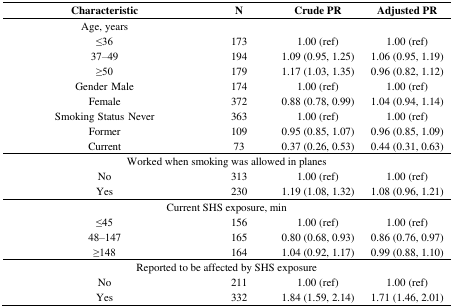
<table><thead><tr><td><b>Characteristic</b></td><td><b>N</b></td><td><b>Crude PR</b></td><td><b>Adjusted PR</b></td></tr></thead><tbody><tr><td>Age, years</td><td></td><td></td><td></td></tr><tr><td>≤36</td><td>173</td><td>1.00 (ref)</td><td>1.00 (ref)</td></tr><tr><td>37–49</td><td>194</td><td>1.09 (0.95, 1.25)</td><td>1.06 (0.95, 1.19)</td></tr><tr><td>≥50</td><td>179</td><td>1.17 (1.03, 1.35)</td><td>0.96 (0.82, 1.12)</td></tr><tr><td>Gender Male</td><td>174</td><td>1.00 (ref)</td><td>1.00 (ref)</td></tr><tr><td>Female</td><td>372</td><td>0.88 (0.78, 0.99)</td><td>1.04 (0.94, 1.14)</td></tr><tr><td>Smoking Status Never</td><td>363</td><td>1.00 (ref)</td><td>1.00 (ref)</td></tr><tr><td>Former</td><td>109</td><td>0.95 (0.85, 1.07)</td><td>0.96 (0.85, 1.09)</td></tr><tr><td>Current</td><td>73</td><td>0.37 (0.26, 0.53)</td><td>0.44 (0.31, 0.63)</td></tr><tr><td colspan="4">Worked when smoking was allowed in planes</td></tr><tr><td>No</td><td>313</td><td>1.00 (ref)</td><td>1.00 (ref)</td></tr><tr><td>Yes</td><td>230</td><td>1.19 (1.08, 1.32)</td><td>1.08 (0.96, 1.21)</td></tr><tr><td colspan="4">Current SHS exposure, min</td></tr><tr><td>≤45</td><td>156</td><td>1.00 (ref)</td><td>1.00 (ref)</td></tr><tr><td>48–147</td><td>165</td><td>0.80 (0.68, 0.93)</td><td>0.86 (0.76, 0.97)</td></tr><tr><td>≥148</td><td>164</td><td>1.04 (0.92, 1.17)</td><td>0.99 (0.88, 1.10)</td></tr><tr><td colspan="4">Reported to be affected by SHS exposure</td></tr><tr><td>No</td><td>211</td><td>1.00 (ref)</td><td>1.00 (ref)</td></tr><tr><td>Yes</td><td>332</td><td>1.84 (1.59, 2.14)</td><td>1.71 (1.46, 2.01)</td></tr></tbody></table>